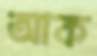
আক